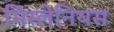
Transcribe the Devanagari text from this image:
मिस्लेनियस